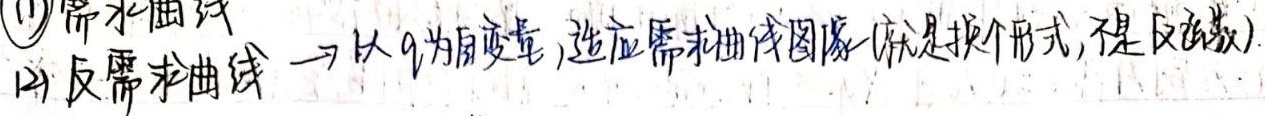
(1) 需求曲线
(2) 反需求曲线 →以\(q\)为自变量, 适应需求曲线图像(就是换个形式, 不是反函数)